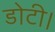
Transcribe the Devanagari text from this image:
डोटी।